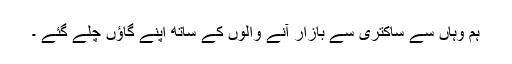
ہم وہاں سے ساکتری سے بازار آنے والوں کے ساتھ اپنے گاﺅں چلے گئے ۔